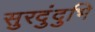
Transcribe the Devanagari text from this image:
सुरदुंदुभि